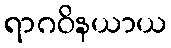
ရာဂဝိနယာယ